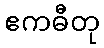
ဧကဓီတု